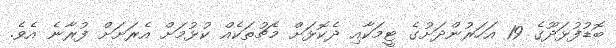
ބޮޑުފުޅަދޫގެ 19 އަހަރުންދަށުގެ ޓީމަކާއި ދެކޮޅަށް މެޗުތަކެއް ކުޅުމަށް އެރަށަށް ފުރާނެ އެވެ.